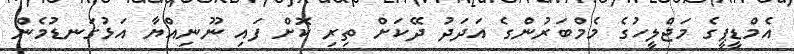
އެމްޑީޕީގެ މަޖްލީހުގެ މެމްބަރުންގެ އަދަދު ދޭކަށް ތިރި ކޮށް ފައި ނޫނިއްޔާ އަޅުގަނޑުމެން